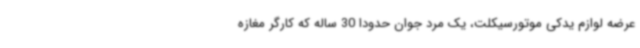
عرضه لوازم یدکی موتورسیکلت، یک مرد جوان حدودا 30 ساله که کارگر مغازه